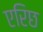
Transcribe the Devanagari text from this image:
एरिछ